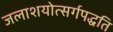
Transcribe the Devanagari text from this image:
जलाशयोत्सर्गपद्धति